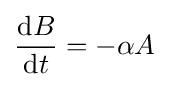
{\frac {\mathrm {d} B}{\mathrm {d} t}}=-\alpha A